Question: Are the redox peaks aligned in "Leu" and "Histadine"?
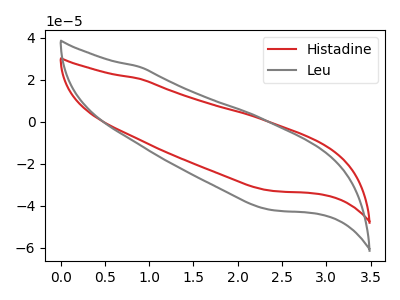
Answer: <think>The red curve "Histadine" has no peaks. The gray curve "Leu" has no peaks.</think>
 <answer>Niether CV has any peaks.</answer>
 <eval>blanks</eval>